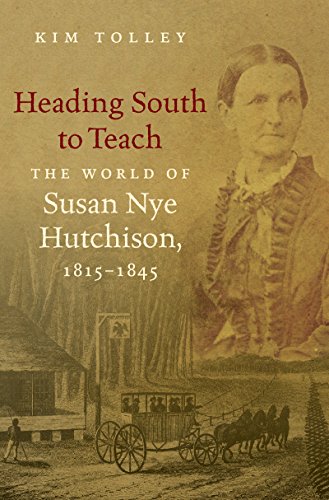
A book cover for Heading South to Teach: The World of Susan Nye Hutchison, 1815-1845; Kim Tolley; Biographies & Memoirs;